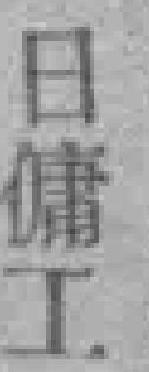
日傭工